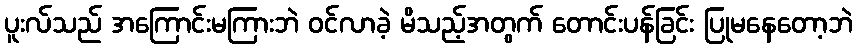
ပူးလ်သည် အကြောင်းမကြားဘဲ ဝင်လာခဲ့ မိသည့်အတွက် တောင်းပန်ခြင်း ပြုမနေတော့ဘဲ